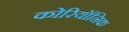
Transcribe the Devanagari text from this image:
कोरियॉनिक